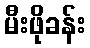
မီးဖိုခန်း